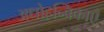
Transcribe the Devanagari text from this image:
अधोहन्विकाएँ